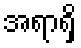
အရာရှိ